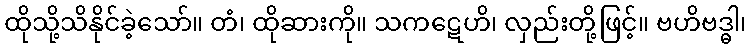
ထိုသို့သိနိုင်ခဲ့သော်။ တံ၊ ထိုဆားကို။ သကဋေဟိ၊ လှည်းတို့ဖြင့်။ ဗဟိဗဒ္ဓါ၊